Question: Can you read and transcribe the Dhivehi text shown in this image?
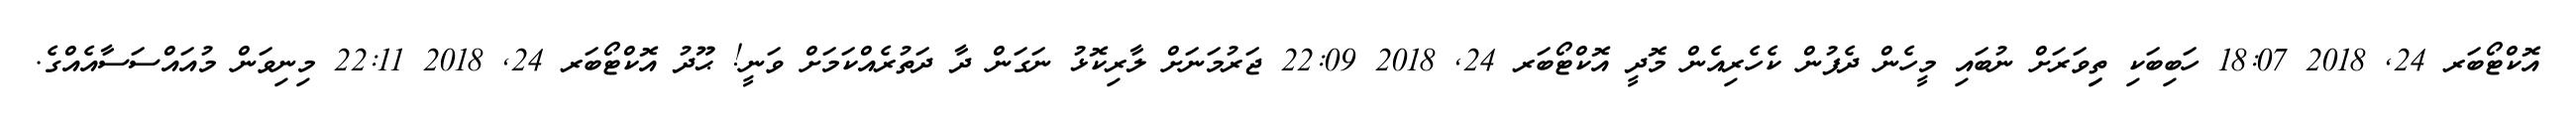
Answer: އޮކްޓޯބަރ 24, 2018 18:07 ހަބިބަކި ތިިވަރަށް ނުބައި މީހެން ދެފުން ކެހެރިއެން މޮދީ އޮކްޓޯބަރ 24, 2018 22:09 ޖަރުމަނަށް ލާރިކޮޅު ނަގަން ދާ ދަތުރެއްކަމަށް ވަނީ! ޙޫދު އޮކްޓޯބަރ 24, 2018 22:11 މިނިވަން މުއައްސަސާއެއްގެ.